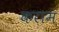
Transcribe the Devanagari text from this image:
कराम